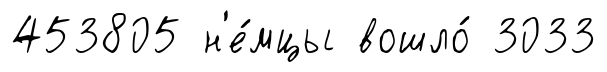
453805 н'е́мцы вошло́ 3033